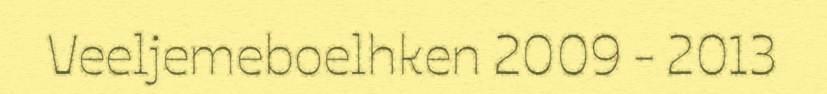
Veeljemeboelhken 2009 - 2013